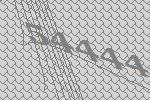
54444